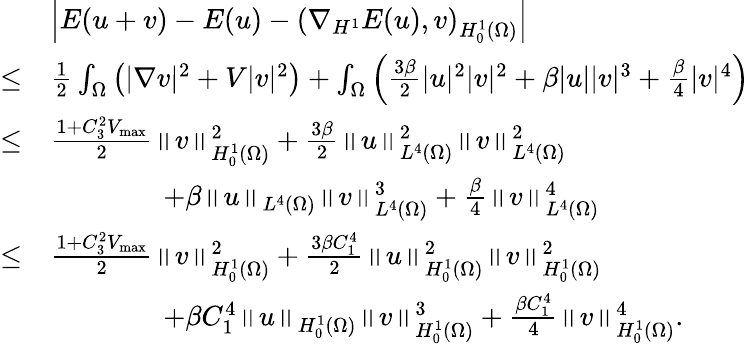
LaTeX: \begin{array}{rl}&{\left|E(u+v)-E(u)-\left(\nabla_{H^{1}}E(u),v\right)_{H_{0}^{1}(\Omega)}\right|}\\ {\leq}&{\frac{1}{2}\int_{\Omega}\left(|\nabla v|^{2}+V|v|^{2}\right)+\int_{\Omega}\left(\frac{3\beta}{2}|u|^{2}|v|^{2}+\beta|u||v|^{3}+\frac{\beta}{4}|v|^{4}\right)}\\ {\leq}&{\frac{1+C_{3}^{2}V_{\operatorname*{max}}}{2}\left\Vert v\right\Vert_{H_{0}^{1}(\Omega)}^{2}+\frac{3\beta}{2}\left\Vert u\right\Vert_{L^{4}(\Omega)}^{2}\left\Vert v\right\Vert_{L^{4}(\Omega)}^{2}}\\ &{\qquad\qquad+\beta\left\Vert u\right\Vert_{L^{4}(\Omega)}\left\Vert v\right\Vert_{L^{4}(\Omega)}^{3}+\frac{\beta}{4}\left\Vert v\right\Vert_{L^{4}(\Omega)}^{4}}\\ {\leq}&{\frac{1+C_{3}^{2}V_{\operatorname*{max}}}{2}\left\Vert v\right\Vert_{H_{0}^{1}(\Omega)}^{2}+\frac{3\beta C_{1}^{4}}{2}\left\Vert u\right\Vert_{H_{0}^{1}(\Omega)}^{2}\left\Vert v\right\Vert_{H_{0}^{1}(\Omega)}^{2}}\\ &{\qquad\qquad+\beta C_{1}^{4}\left\Vert u\right\Vert_{H_{0}^{1}(\Omega)}\left\Vert v\right\Vert_{H_{0}^{1}(\Omega)}^{3}+\frac{\beta C_{1}^{4}}{4}\left\Vert v\right\Vert_{H_{0}^{1}(\Omega)}^{4}.}\end{array}